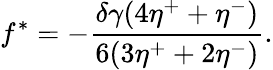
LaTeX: f^{*}=-\frac{\delta\gamma(4\eta^{+}+\eta^{-})}{6(3\eta^{+}+2\eta^{-})}.